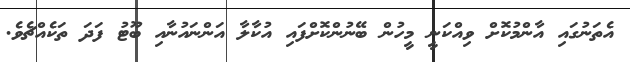
އެތަނުގައި އާންމުކޮށް ވިއްކަނީ މީހުން ބޭނުންކޮށްފައި އުކާލާ އަންނައުނާއި ބޫޓު ފަދަ ތަކެއްޗެވެ.